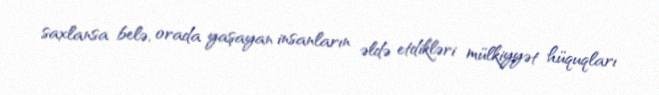
saxlansa belə, orada yaşayan insanların əldə etdikləri mülkiyyət hüquqları